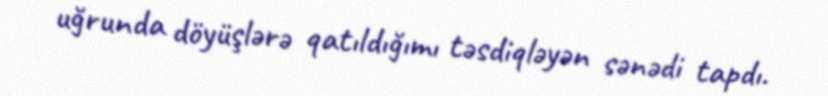
uğrunda döyüşlərə qatıldığımı təsdiqləyən sənədi tapdı.